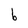
Character: b